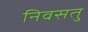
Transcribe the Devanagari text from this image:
निवसतु